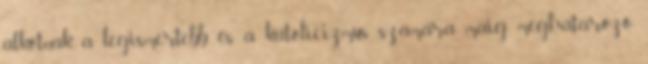
alkotnak, a legismertebb és a katolicizmus számára máig meghatározó